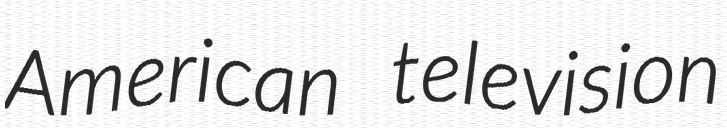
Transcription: American television